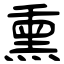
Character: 熏